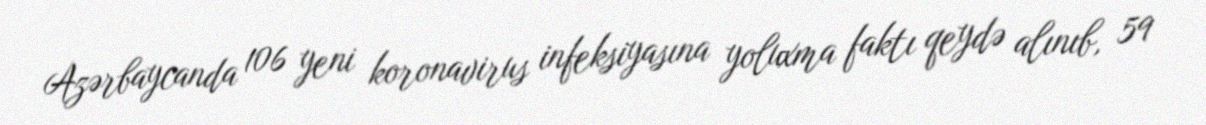
Azərbaycanda 106 yeni koronavirus infeksiyasına yoluxma faktı qeydə alınıb, 59